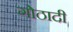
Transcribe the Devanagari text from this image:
गोठादी